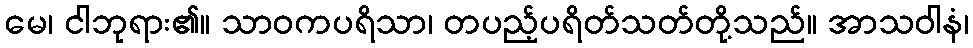
မေ၊ ငါဘုရား၏။ သာဝကပရိသာ၊ တပည့်ပရိတ်သတ်တို့သည်။ အာသဝါနံ၊